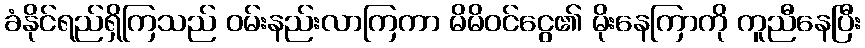
ခံနိုင်ရည်ရှိကြသည် ဝမ်းနည်းလာကြကာ မိမိဝင်ငွေ၏ မိုးနေကြာကို ကူညီနေပြီး